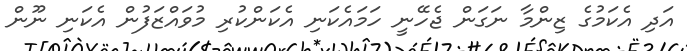
އަދި އެކަމުގެ ޒިންމާ ނަގަން ޖެހޭނީ ހަމައެކަނި އެކަންކުރި މުވައްޒަފުން އެކަނި ނޫން